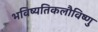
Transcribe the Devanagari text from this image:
भविष्यतिकलौविष्णु